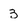
Character: 3